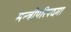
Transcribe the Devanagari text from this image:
मन्त्रीपरिषदमा